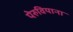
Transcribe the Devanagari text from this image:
पेरुवियाना